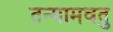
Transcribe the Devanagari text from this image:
तन्मामवतु